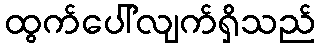
ထွက်ပေါ်လျက်ရှိသည်